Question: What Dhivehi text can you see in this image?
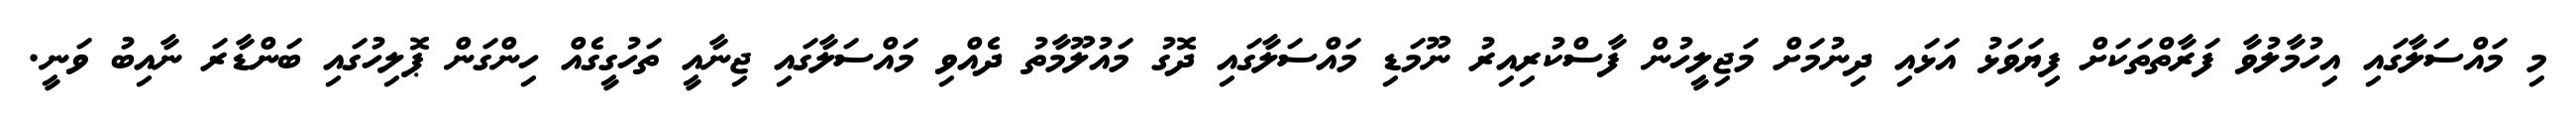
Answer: މި މައްސަލާގައި އިހުމާލުވާ ފަރާތްތަކަށް ފިޔަވަޅު އަޅައި ދިނުމަށް މަޖިލީހުން ފާސްކުރިއިރު ނޫމަޑި މައްސަލާގައި ދޮގު މައުލޫމާތު ދެއްވި މައްސަލާގައި ޖިނާއީ ތަހުގީގެއް ހިންގަން ޕޮލިހުގައި ބަންޑާރަ ނާއިބު ވަނީ.